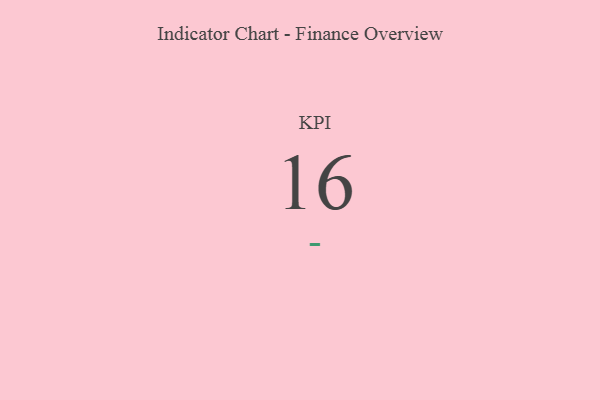
{"axis": {"x": "KPI", "y": "Value"}, "legend": [""], "data": [{"x": "KPI", "y": 16, "type": ""}]}